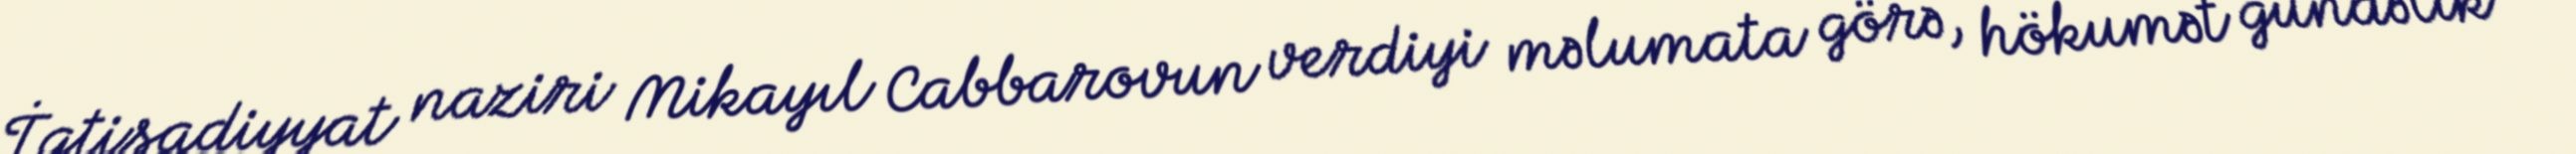
İqtisadiyyat naziri Mikayıl Cabbarovun verdiyi məlumata görə, hökumət gündəlik